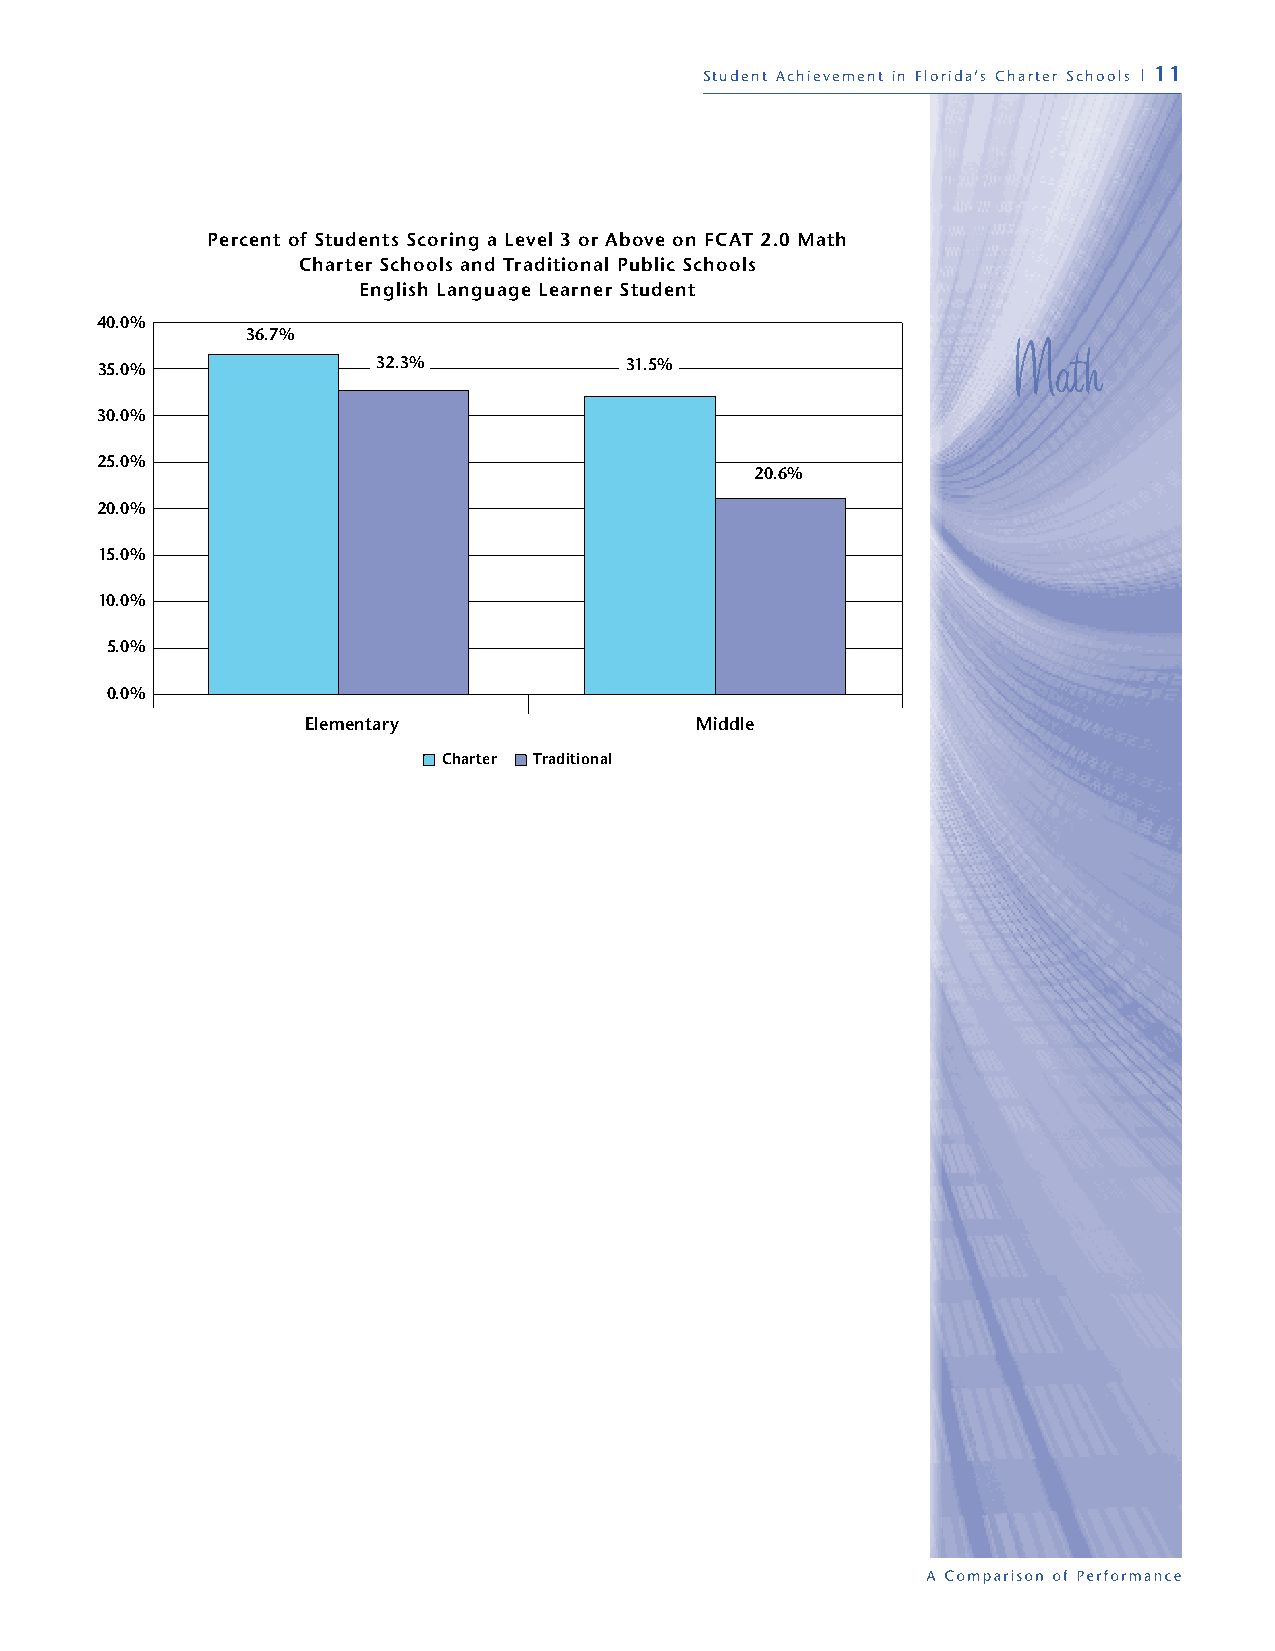
Student Achievement in Florida’s Charter Schools | 11
 Percent of Students Scoring a Level 3 or Above on FCAT 2.0 Math
 Charter Schools and Traditional Public Schools
 English Language Learner Student
 40.0%
 36.7%
 35.0%              32.3%           31.5%
 30.0%
 25.0%
 20.6%
 20.0%
 15.0%
 10.0%
 5.0%
 0.0%
 Elementary                Middle
 Charter Traditional